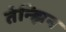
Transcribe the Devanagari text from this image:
तेन्झिन